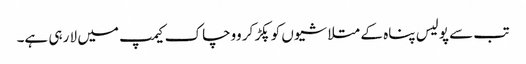
تب سے پولیس پناہ کے متلاشیوں کو پکڑ کر ووچاک کیمپ میں لا رہی ہے۔